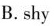
B.shy